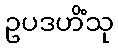
ဥပဒဟိံသု